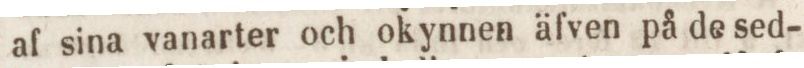
af sina vanarter och okynnen äfven på de sed-